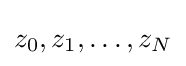
z_{0},z_{1},\ldots ,z_{N}